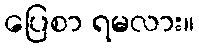
ပြေစာ ရမလား။